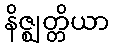
နိဇ္ဈတ္တိယာ